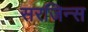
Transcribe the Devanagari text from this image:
सरजिन्स